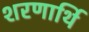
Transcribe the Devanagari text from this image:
शरणार्थि